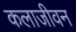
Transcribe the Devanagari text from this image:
कलाजीवन